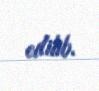
edilib.